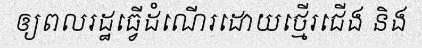
ឲ្យពលរដ្ឋធ្វើដំណើរដោយថ្មើរជើង និង